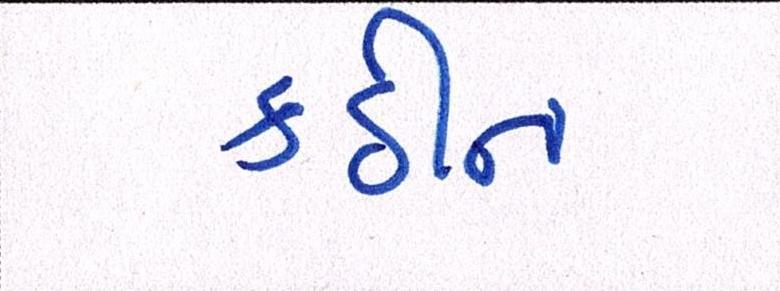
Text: કઠીન